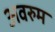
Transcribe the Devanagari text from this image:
अवरुम